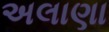
અલાણા